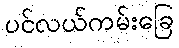
ပင်လယ်ကမ်းခြေ